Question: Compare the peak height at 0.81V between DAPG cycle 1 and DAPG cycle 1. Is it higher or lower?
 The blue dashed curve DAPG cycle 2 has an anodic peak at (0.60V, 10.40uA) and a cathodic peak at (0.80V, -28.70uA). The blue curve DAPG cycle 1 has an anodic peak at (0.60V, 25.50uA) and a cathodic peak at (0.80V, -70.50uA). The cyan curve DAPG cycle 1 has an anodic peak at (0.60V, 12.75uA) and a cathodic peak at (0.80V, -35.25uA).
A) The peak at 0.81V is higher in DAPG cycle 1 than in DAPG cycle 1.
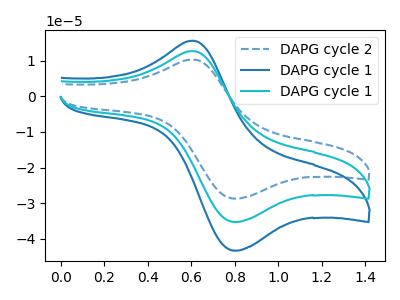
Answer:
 <answer>A) The peak at 0.81V is higher in "DAPG cycle 1" than in "DAPG cycle 1".</answer>
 <eval>A</eval>